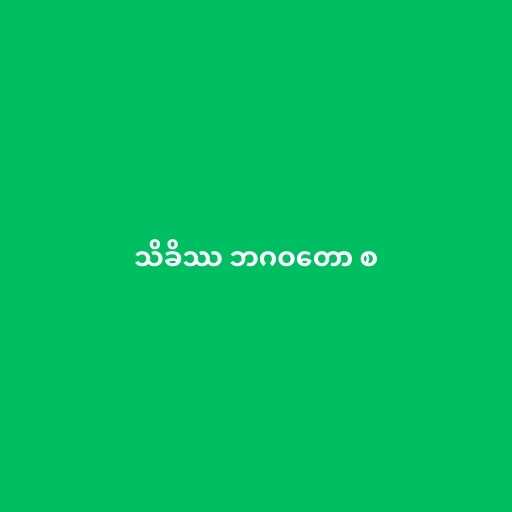
သိခိဿ ဘဂဝတော စ